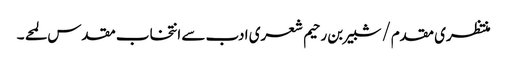
منتظری مقدم/شبیر بن رحیم شعری ادب سے انتخاب مقدس لمحے ۔